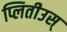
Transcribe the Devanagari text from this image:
प्लितीउस्